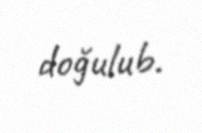
doğulub.